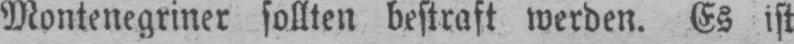
Montenegriner sollten bestraft werden. Es ist